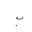
Letter: _ba